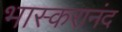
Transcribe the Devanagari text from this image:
भास्करानंद